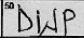
Transcription: DWP